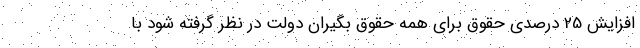
افزایش 25 درصدی حقوق برای همه حقوق بگیران دولت در نظر گرفته شود با